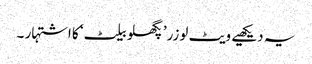
یہ دیکھیے ویٹ لوزر’پگھلو بیلٹ‘ کا اشتہار ۔